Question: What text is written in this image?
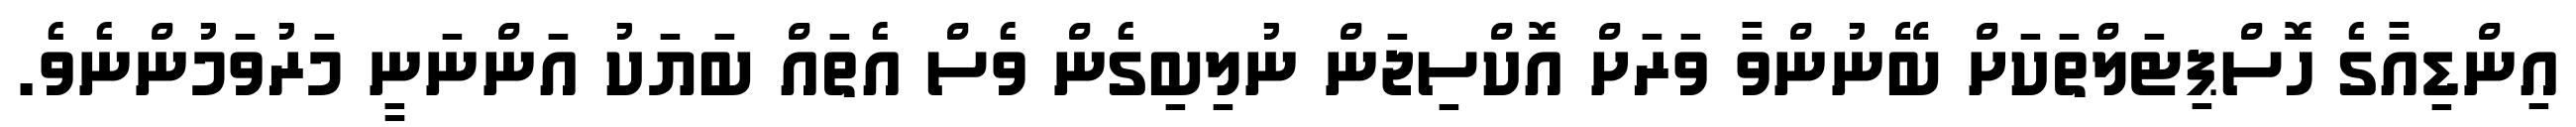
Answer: އިންޑިއާގެ ހޮސްޕިޓަލްތަކަށް ބޭނުންވާ ވަރަށް އޮކްސިޖަން ނުލިބިގެން ވެސް އެތައް ބަޔަކު އަންނަނީ މަރުވަމުންނެވެ.